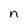
Character: n